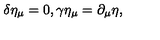
\delta \eta _ { \mu } = 0 , \gamma \eta _ { \mu } = \partial _ { \mu } \eta ,